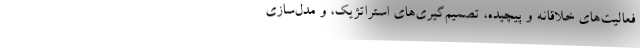
فعالیت‌های خلاقانه و پیچیده، تصمیم‌گیری‌های استراتژیک، و مدل‌سازی